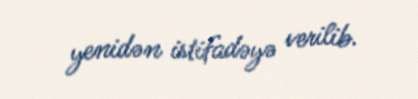
yenidən istifadəyə verilib.